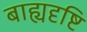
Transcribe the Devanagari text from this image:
बाह्यदृष्टि